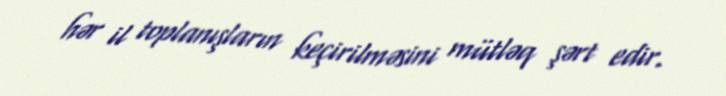
hər il toplanışların keçirilməsini mütləq şərt edir.